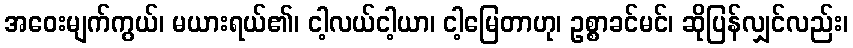
အဝေးမျက်ကွယ်၊ မယားရယ်၏၊ ငါ့လယ်ငါ့ယာ၊ ငါ့မြေတာဟု၊ ဥစ္စာခင်မင်၊ ဆိုပြန်လျှင်လည်း၊